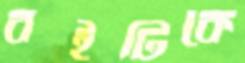
বইটিকে